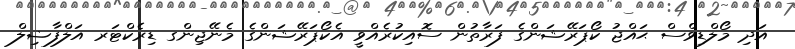
އަދި މޯލްޑިވްސް ޙައްޖު ކޯޕަރޭޝަންގެ ފަރާތުން ސޮއިކުރެއްވީ އެކޯޕަރޭޝަންގެ މެނޭޖިންގ ޑިރެކްޓަރ އަލްފާޟިލް